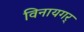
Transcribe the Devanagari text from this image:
विनायगर्